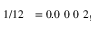
1 / 1 2 \ \ = 0 . 0 \ 0 \ 0 \ 2 _ { ! }